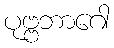
ပုဗ္ဗဘာဂေါ